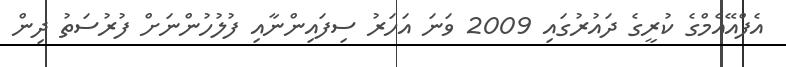
އެފްއޭއެމްގެ ކުރީގެ ދައުރުގައި 2009 ވަނަ އަހަރު ސިފައިންނާއި ފުލުހުންނަށް ފުރުސަތު ދިން